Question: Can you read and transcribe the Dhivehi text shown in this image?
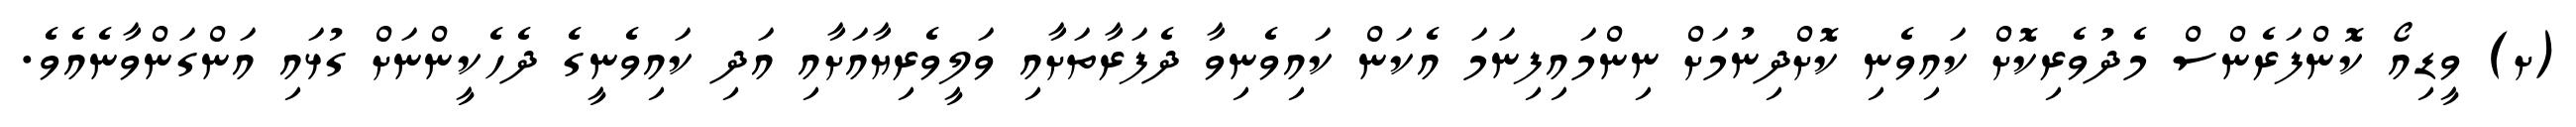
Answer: (ށ) ވީޑިއޯ ކޮންފަރެންސް މެދުވެރިކޮށް ކައިވެނި ކޮށްދިނުމަށް ނިންމައިފިނަމަ އެކަން ކައިވެނިވާ ދެފަރާތަށާއި ވަލީވެރިޔާއަށާއި އަދި ކައިވެނީގެ ދެހެކީންނަށް ގުޅައި އަންގަންވާނެއެވެ.